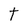
Character: t